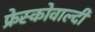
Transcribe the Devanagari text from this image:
फ्रेस्कोवाल्दी